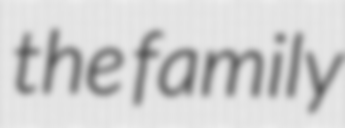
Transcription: the family